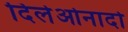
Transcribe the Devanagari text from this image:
दिलेओनार्दो